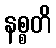
နစ္စတိ